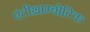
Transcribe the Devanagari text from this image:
एंटीथ्राम्बोटिक